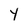
Character: y